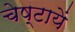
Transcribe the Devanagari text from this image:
चेष्‍टायें